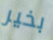
بخير